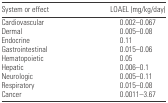
<table><thead><tr><td><b>System or effect</b></td><td><b>LOAEL (mg/kg/day)</b></td></tr></thead><tbody><tr><td>Cardiovascular</td><td>0.002–0.067</td></tr><tr><td>Dermal</td><td>0.005–0.08</td></tr><tr><td>Endocrine</td><td>0.11</td></tr><tr><td>Gastrointestinal</td><td>0.015–0.06</td></tr><tr><td>Hematopoietic</td><td>0.05</td></tr><tr><td>Hepatic</td><td>0.006–0.1</td></tr><tr><td>Neurologic</td><td>0.005–0.11</td></tr><tr><td>Respiratory</td><td>0.015–0.08</td></tr><tr><td>Cancer</td><td>0.0011–3.67</td></tr></tbody></table>